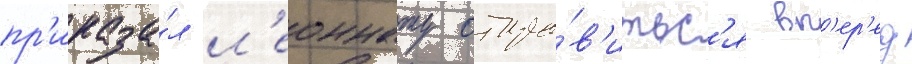
пр'иказа́л л'еоннату отпра́в'итьс'я вп'ер'ед